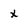
Character: x